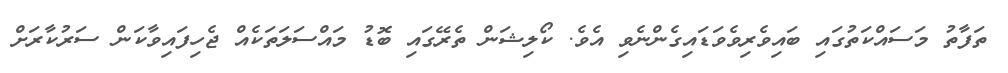
ތަފާތު މަސައްކަތުގައި ބައިވެރިވެވަޑައިގެންނެވި އެވެ. ކޯލިޝަން ތެރޭގައި ބޮޑު މައްސަލަތަކެއް ޖެހިފައިވާކަން ސަރުކާރަށް